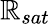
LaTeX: \mathbb{R}_{sat}